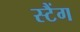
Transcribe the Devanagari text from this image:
स्टैंग